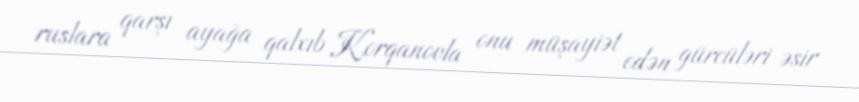
ruslara qarşı ayağa qalxıb Korqanovla onu müşayiət edən gürcüləri əsir